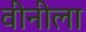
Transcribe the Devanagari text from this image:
वीनीला